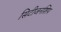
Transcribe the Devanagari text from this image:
सिटीजनशिप